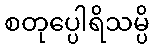
စတုပ္ပေါရိသမ္ပိ